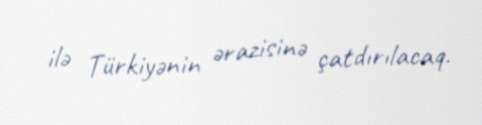
ilə Türkiyənin ərazisinə çatdırılacaq.